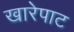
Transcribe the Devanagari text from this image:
खारेपाट